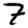
Digit: 7